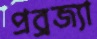
প্রব্রজ্যা